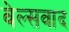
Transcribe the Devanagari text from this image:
वेल्सवाद